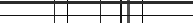
١٦٥